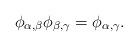
LaTeX: \begin{align*}\phi_{\alpha,\beta}\phi_{\beta,\gamma} = \phi_{\alpha,\gamma}.\end{align*}